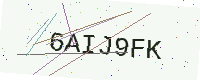
Text: 6AIJ9FK